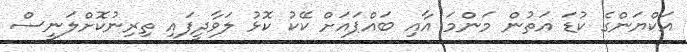
އަކްޔަންގެ ކުޑަ އަތުން މަންމަ އާއި ބައްޕައަށް ކޭކު ކޮޅު ލަވާދީފައި ތިރިނުކޮށްލަނީސް